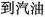
到汽油